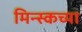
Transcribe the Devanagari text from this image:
मिन्स्कच्या